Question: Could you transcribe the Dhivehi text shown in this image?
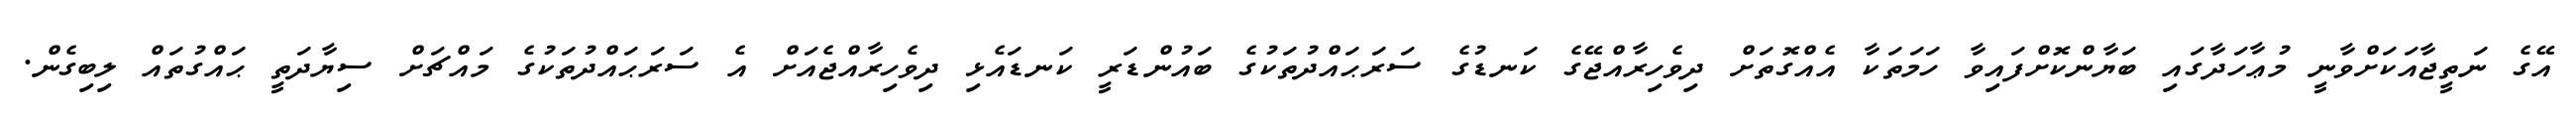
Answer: އޭގެ ނަތީޖާއަކަށްވާނީ މުޢާހަދާގައި ބަޔާންކޮށްފައިވާ ހަމަތަކާ އެއްގޮތަށް ދިވެހިރާއްޖޭގެ ކަނޑުގެ ސަރަޙައްދުތަކުގެ ބައުންޑަރީ ކަނޑައެޅި ދިވެހިރާއްޖެއަށް އެ ސަރަޙައްދުތަކުގެ މައްޗަށް ސިޔާދަތީ ޙައްގުތައް ލިބިގެން.